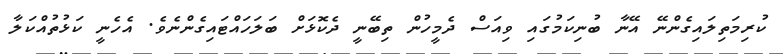
ކުރިމަތިލައިގެންނޭ އޭނާ ބުނިކަމުގައި ވިއަސް ދެމީހުން ތިބޭނީ ދެކޮޅަށް ބަލަހައްޓައިގެންނެވެ. އެހެނީ ކަޅުތުއްކަލާ